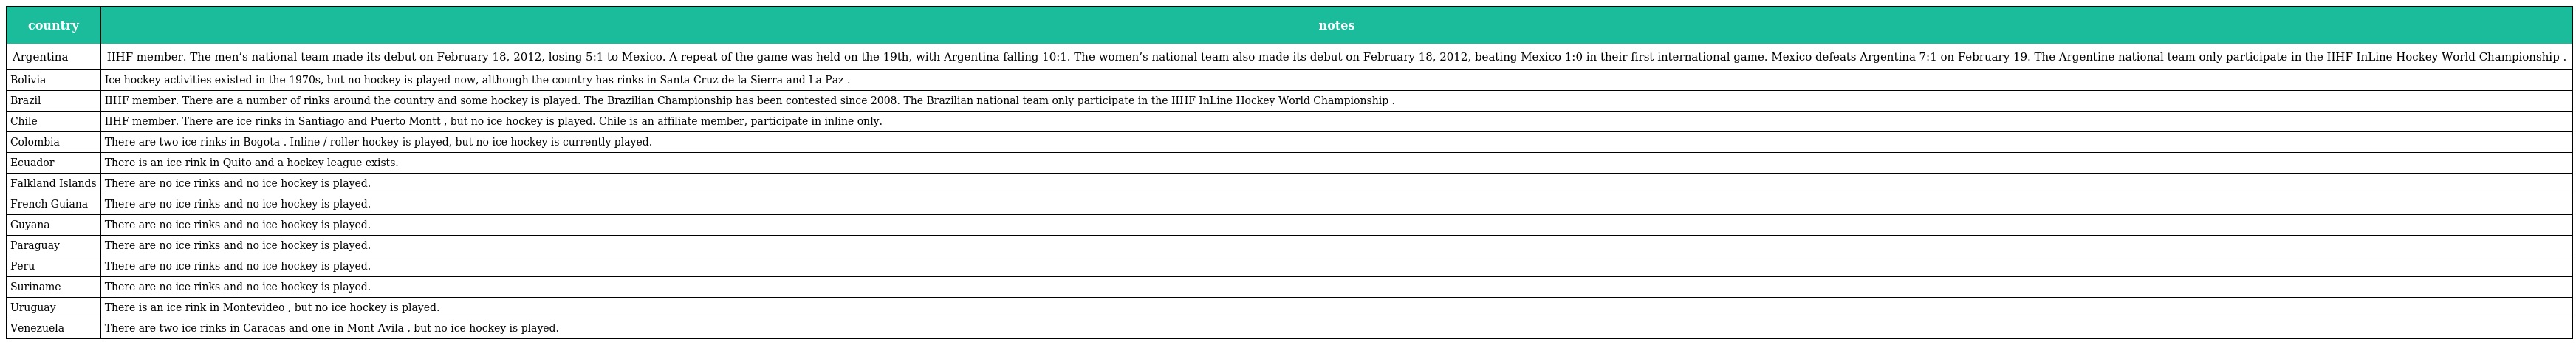
| country | notes |
 | --- | --- |
 | Argentina | IIHF member. The men’s national team made its debut on February 18, 2012, losing 5:1 to Mexico. A repeat of the game was held on the 19th, with Argentina falling 10:1. The women’s national team also made its debut on February 18, 2012, beating Mexico 1:0 in their first international game. Mexico defeats Argentina 7:1 on February 19. The Argentine national team only participate in the IIHF InLine Hockey World Championship . |
 | Bolivia | Ice hockey activities existed in the 1970s, but no hockey is played now, although the country has rinks in Santa Cruz de la Sierra and La Paz . |
 | Brazil | IIHF member. There are a number of rinks around the country and some hockey is played. The Brazilian Championship has been contested since 2008. The Brazilian national team only participate in the IIHF InLine Hockey World Championship . |
 | Chile | IIHF member. There are ice rinks in Santiago and Puerto Montt , but no ice hockey is played. Chile is an affiliate member, participate in inline only. |
 | Colombia | There are two ice rinks in Bogota . Inline / roller hockey is played, but no ice hockey is currently played. |
 | Ecuador | There is an ice rink in Quito and a hockey league exists. |
 | Falkland Islands | There are no ice rinks and no ice hockey is played. |
 | French Guiana | There are no ice rinks and no ice hockey is played. |
 | Guyana | There are no ice rinks and no ice hockey is played. |
 | Paraguay | There are no ice rinks and no ice hockey is played. |
 | Peru | There are no ice rinks and no ice hockey is played. |
 | Suriname | There are no ice rinks and no ice hockey is played. |
 | Uruguay | There is an ice rink in Montevideo , but no ice hockey is played. |
 | Venezuela | There are two ice rinks in Caracas and one in Mont Avila , but no ice hockey is played. |